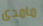
مامدى